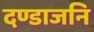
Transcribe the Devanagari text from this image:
दण्डाजनि